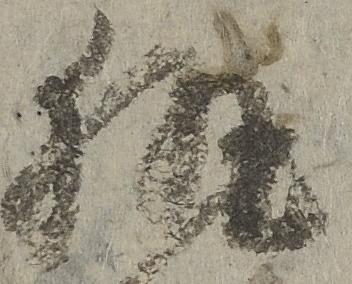
執